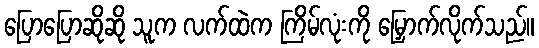
ပြောပြောဆိုဆို သူက လက်ထဲက ကြိမ်လုံးကို မြှောက်လိုက်သည်။